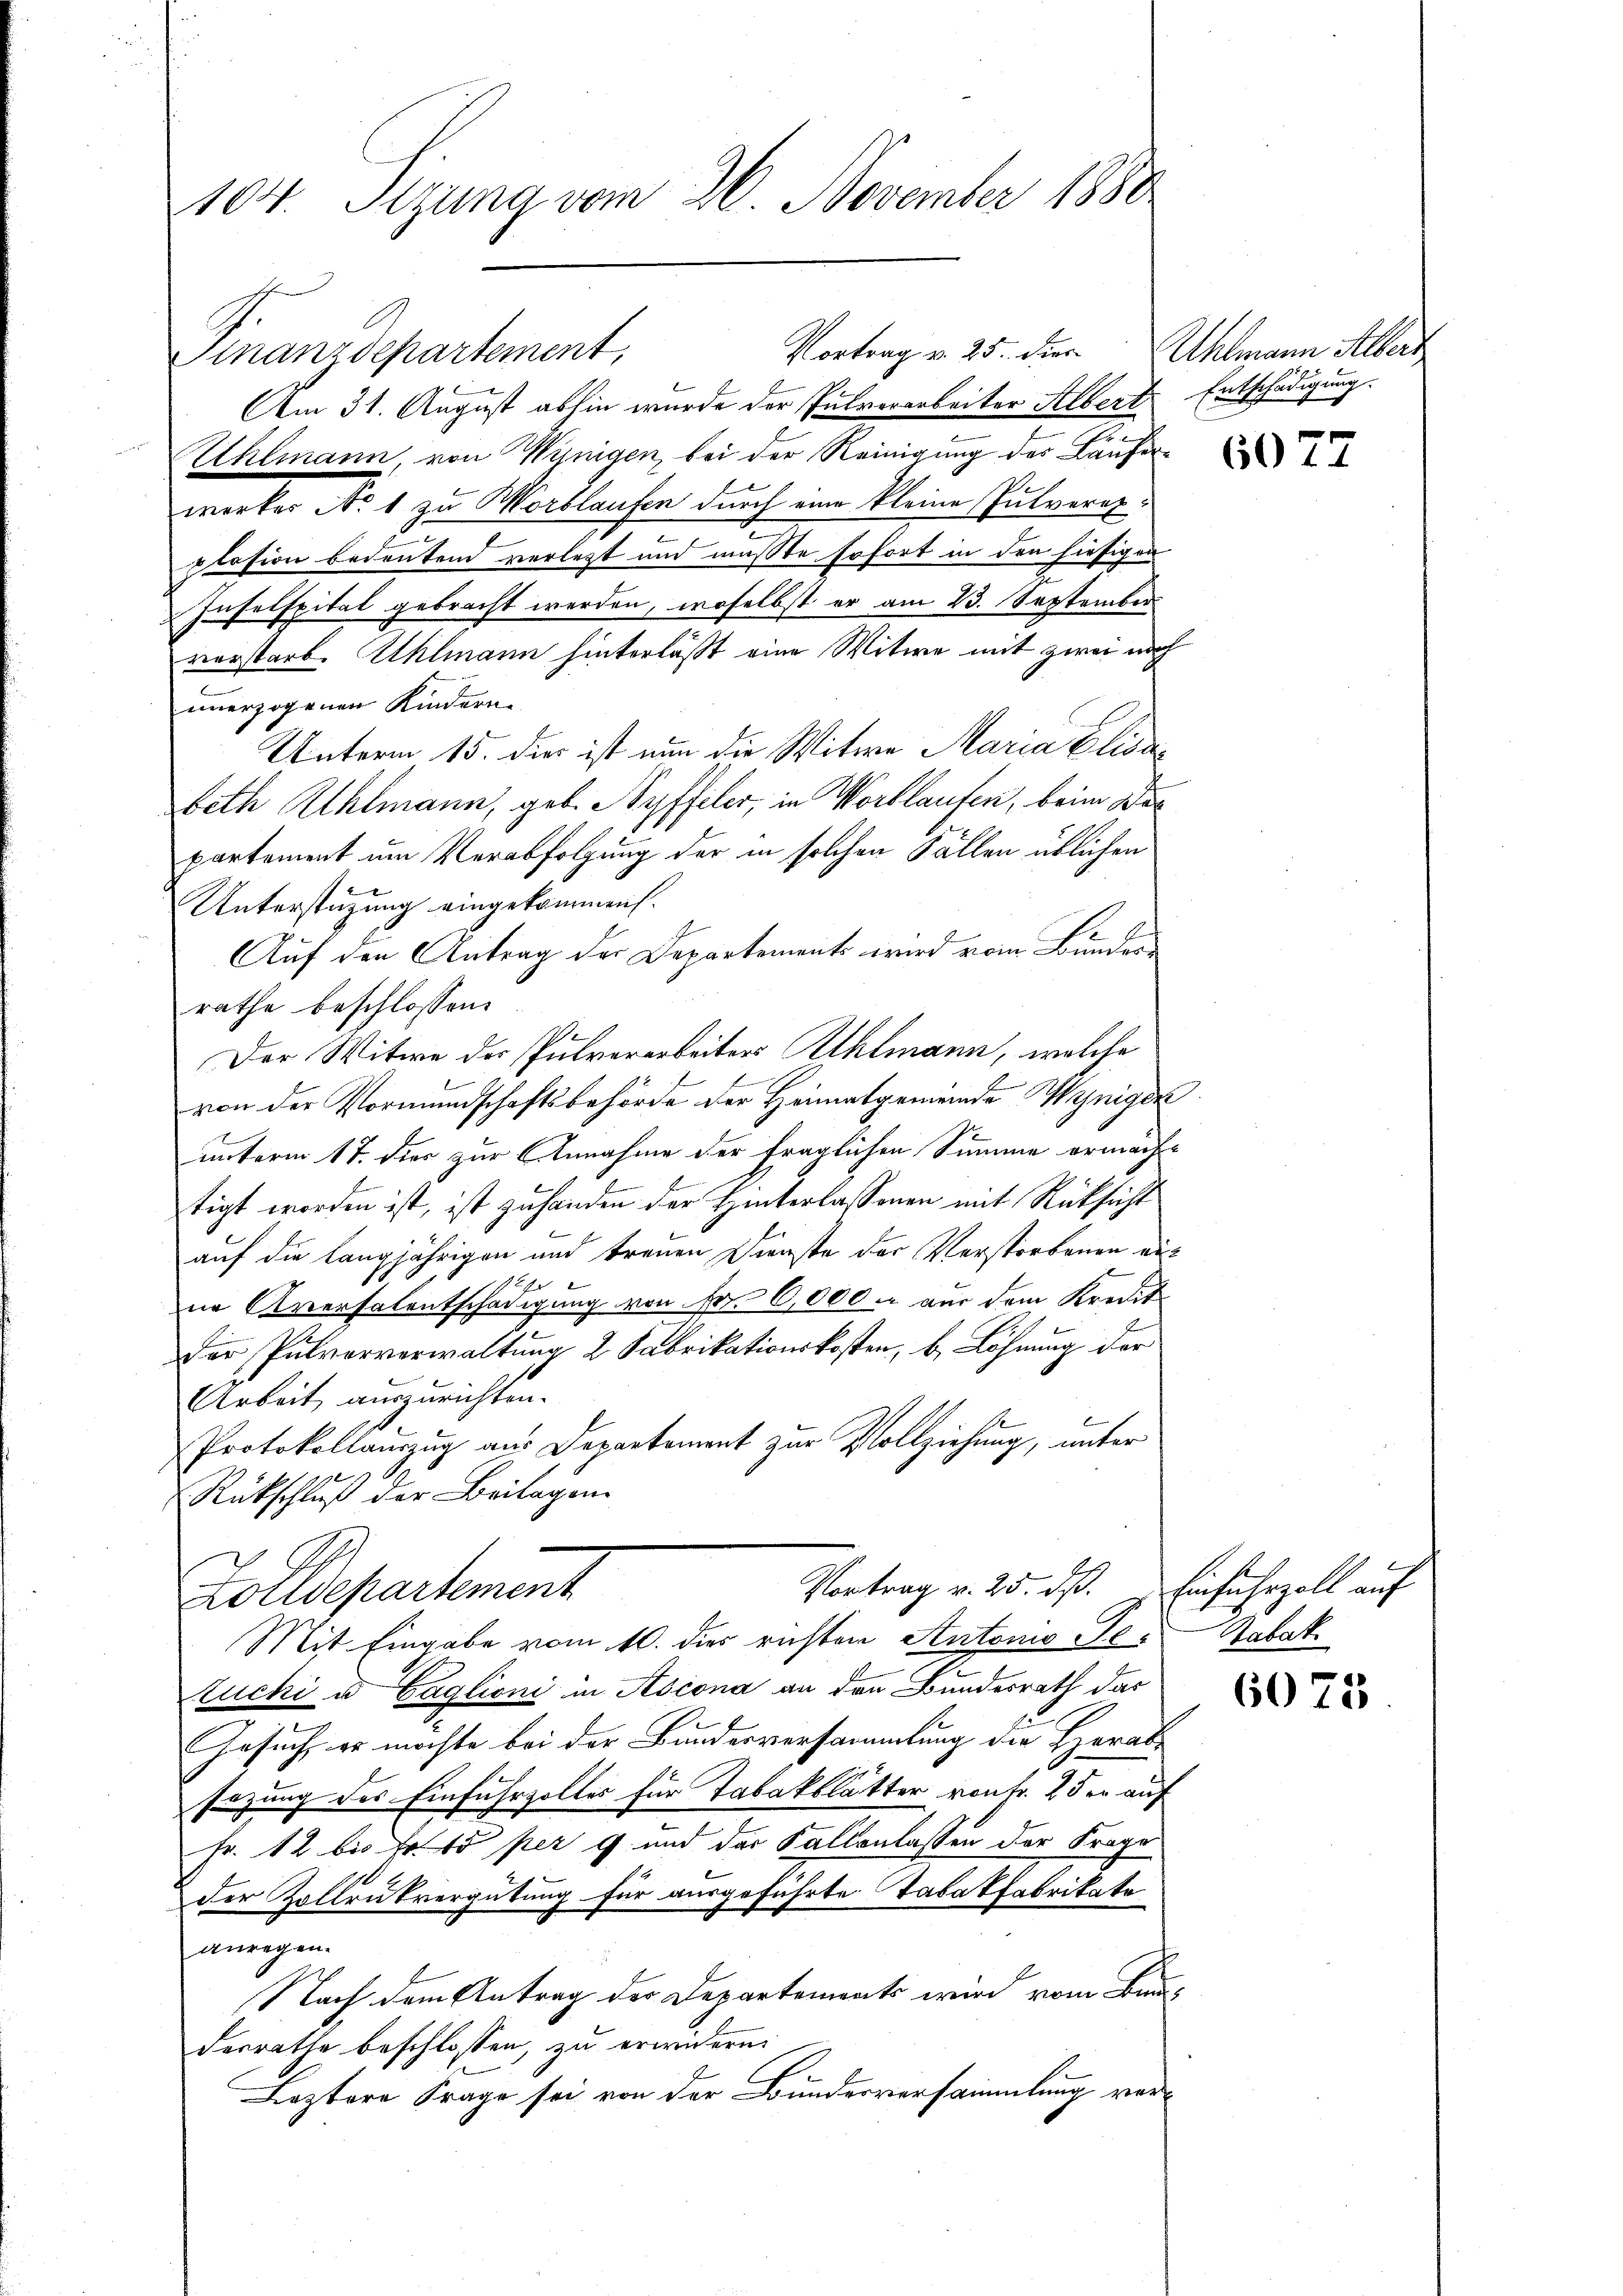
104. Sizung vom 26. November 1880

Am 31. August abhin wurde der Pulvorarbeiter Albert
Uhlmann, von Winigen, bei der Reinigung des Läuferwerker No 1 zu Wortlaufen durch eine kleine Pulverexplosion bedeutend verletzt und mußte sofort in den hiesigen
Inselspital gebracht werden, woselbst er am 23. September
vorstarb. Uhlmann hinterläßt eine Witwe mit zwei noch
unerzogenen Kindern
Unterm 15. dies ist nun die Witwe Maria Elisa
beth Athlmann, geb. Ryffeler, in Wortlaufen, beim Wer
partement um Verabfolgung der in solchen Fällen üblichen
Unterstüzung eingekommen.
Auf den Antrag der Departements wird vom Bunder
rathe beschlossen:
Der Witwe der Pulverarbeiters Ahlmann, welche
von der Vormundschaftsbehörde der Heimatgemeinde Wynigen
unterm 17. dies zur Annahme der fraglichen Summe ermächtigt worden ist, ist zuhanden der Hinterlassenen mit Rücksicht
auf die langjährigen und treuen Dienste der Verstorbenen aus
ne Aversalentschädigung von Fr. 6,000. aus dem Kredit
der Pulvorverwaltung 2 Fabrikationskosten, b. Löhnung der
Arbeit auszurichten.
Protokollauszug aus Departement zur Vollziehung, unter
Rückschluß der Beilagen.
Vortrag v. 25. dß.
Zolldepartement
Mit Eingabe vom 10. dies richten Antons Te-Zabak
tucki u Caglioni in Ascona an den Bundesrath das
Gesuch, er möchte bei der Bundesversammlung die Herab-
sazung des Einfuhrzoller für Tabakblätter von Fr. 25 er auf
Fr. 12 bis Fr. 15 per 9 und der Fallenlassen der Frage
der Zollrukvergütung für ausgeführte Tabakfabrikate
anregen.
Nach dem Antrag der Departements wird vom Bunderrathe beschlossen, zu erwidern:
Leztere Frage sei von der Bundesversammlung vor¬

Vortrag v. 25. dies
Finanzdepartement,

hlmann Albert
Entschädigung.

J

6077

Einfuhrzoll auf